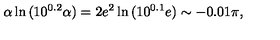
\alpha \ln { ( 1 0 ^ { 0 . 2 } \alpha ) } = 2 e ^ { 2 } \ln { ( 1 0 ^ { 0 . 1 } e ) } \sim - 0 . 0 1 \pi ,